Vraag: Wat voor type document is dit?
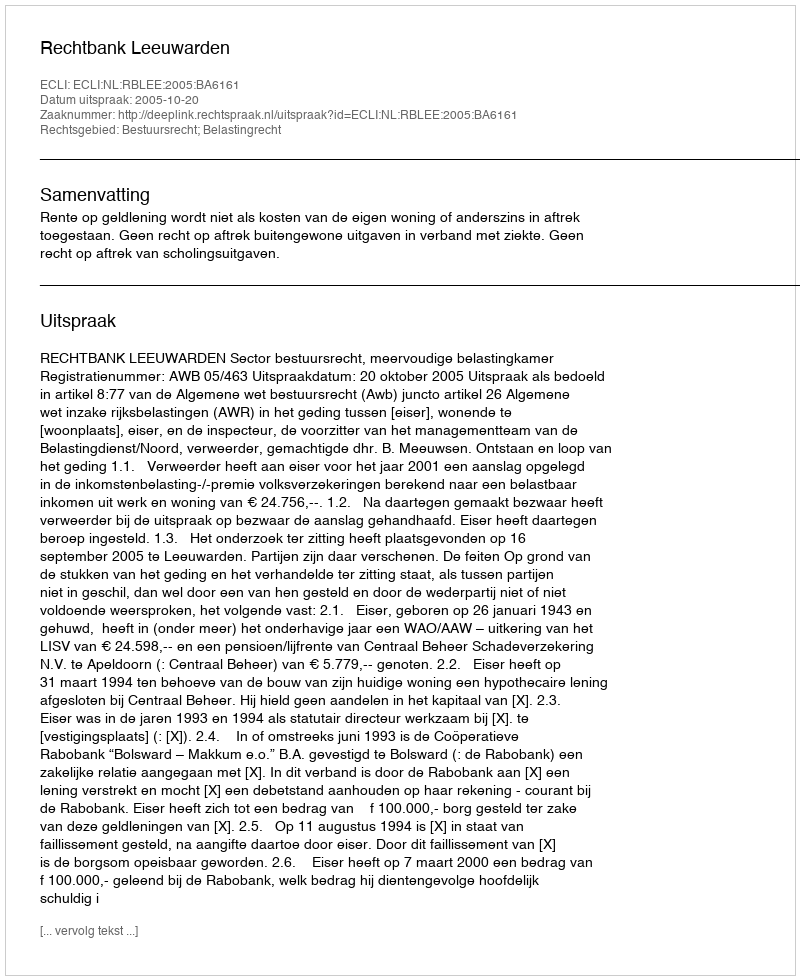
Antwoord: Uitspraak